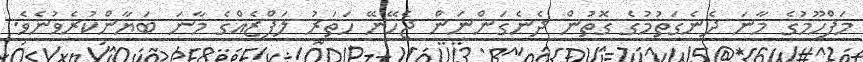
މަފްހޫމުގެ މާނަ ދެނެގަތުމުގެ ގޮތުން ދެނެގަންނަން ޖެހޭނޭ ހަތަރު ލަފްޒެއްގެ މާނަ ބަޔާންކުރެވުނެވެ.